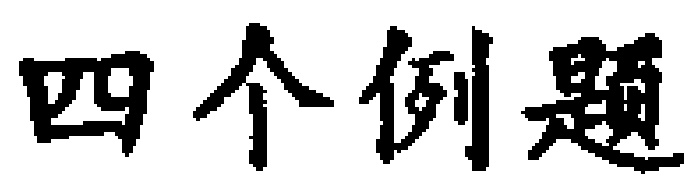
四个例题